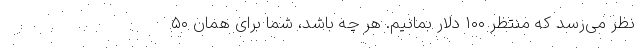
نظر می‌رسد که منتظر ۱۰۰ دلار بمانیم. هر چه باشد، شما برای همان ۵۰